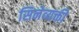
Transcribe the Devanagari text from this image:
सिनेव्यक्ती